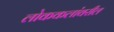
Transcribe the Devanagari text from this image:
लोककलांवरील